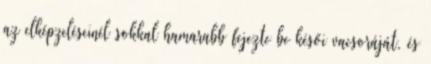
az elképzeléseinél sokkal hamarabb fejezte be késői vacsoráját, és